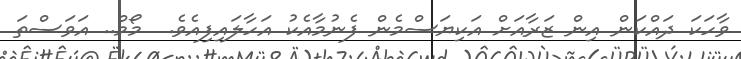
ވާހަކަ ދައްކަން އިން ޒަރާއަށް އަކިޔަސްމެން ފެނުމާއެކު އަހާލައިފިއެވެ.  މޯމް.. އަވަސްތަ